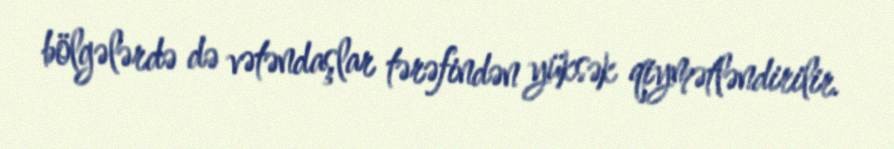
bölgələrdə də vətəndaşlar tərəfindən yüksək qiymətləndirilir.